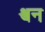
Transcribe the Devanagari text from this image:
श्वन